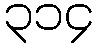
၃၁၄